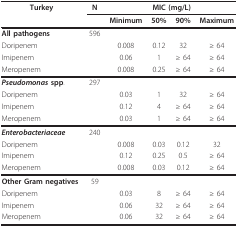
| Turkey | N | <COLSPAN=4> MIC (mg/L) |
 |  |  | Minimum | 50% | 90% | Maximum |
 | --- | --- | --- | --- | --- | --- |
 | All pathogens | 596 |  |  |  |  |
 | Doripenem |  | 0.008 | 0.12 | 32 | ≥ 64 |
 | Imipenem |  | 0.06 | 1 | ≥ 64 | ≥ 64 |
 | Meropenem |  | 0.008 | 0.25 | ≥ 64 | ≥ 64 |
 | Pseudomonas spp. | 297 |  |  |  |  |
 | Doripenem |  | 0.03 | 1 | 32 | ≥ 64 |
 | Imipenem |  | 0.12 | 4 | ≥ 64 | ≥ 64 |
 | Meropenem |  | 0.03 | 1 | ≥ 64 | ≥ 64 |
 | Enterobacteriaceae | 240 |  |  |  |  |
 | Doripenem |  | 0.008 | 0.03 | 0.12 | 32 |
 | Imipenem |  | 0.12 | 0.25 | 0.5 | ≥ 64 |
 | Meropenem |  | 0.008 | 0.03 | 0.12 | ≥ 64 |
 | Other Gram negatives | 59 |  |  |  |  |
 | Doripenem |  | 0.03 | 8 | ≥ 64 | ≥ 64 |
 | Imipenem |  | 0.06 | 32 | ≥ 64 | ≥ 64 |
 | Meropenem |  | 0.06 | 32 | ≥ 64 | ≥ 64 |